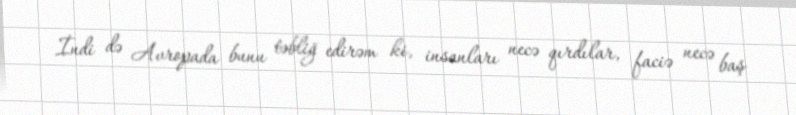
İndi də Avropada bunu təbliğ edirəm ki, insanları necə qırdılar, faciə necə baş